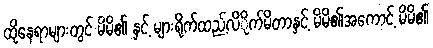
ထိုနေရာများတွင် မိမိ၏ နှင့် များရိုက်ထည့်လိိုက်မိတာနှင့် မိမိ၏အကောင့် မိမိ၏